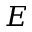
E